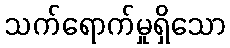
သက်ရောက်မှုရှိသော